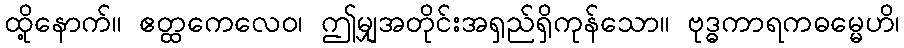
ထို့နောက်။ ဧတ္ထကေလေဝ၊ ဤမျှအတိုင်းအရှည်ရှိကုန်သော။ ဗုဒ္ဓကာရကဓမ္မေဟိ၊